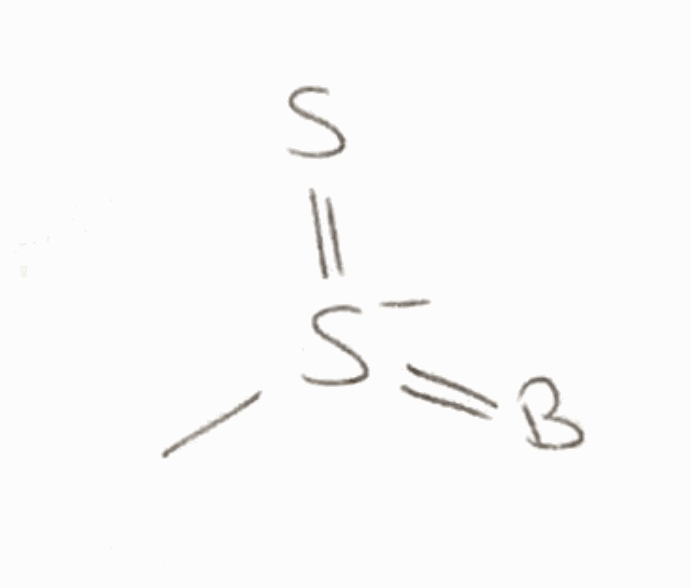
Simplified molecular-input line-entry system (SMILES) notation of the given molecule:
[B]=[S-](=S)C